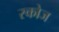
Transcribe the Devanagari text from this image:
स्कोज